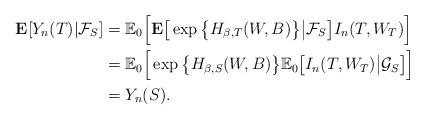
LaTeX: \begin{align*}\mathbf E[Y_n(T)|\mathcal{F}_S]&=\mathbb E_0\Big[\mathbf E\big[\exp\big\{H_{\beta,T}(W,B)\big\}\big|\mathcal{F}_S\big]I_n(T,W_T)\Big]\\&=\mathbb E_0\Big[\exp\big\{H_{\beta,S}(W,B)\big\}\mathbb E_0\big[I_n(T,W_T)\big|\mathcal{G}_S\big]\Big]\\&=Y_n(S).\end{align*}